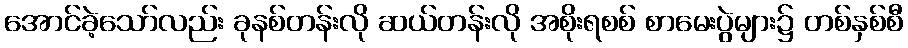
အောင်ခဲ့သော်လည်း ခုနစ်တန်းလို ဆယ်တန်းလို အစိုးရစစ် စာမေးပွဲများ၌ တစ်နှစ်စီ